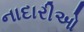
નાદારીઓ